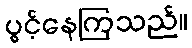
ပွင့်နေကြသည်။